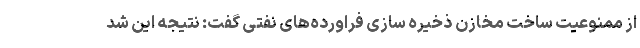
از ممنوعیت ساخت مخازن ذخیره سازی فراورده‌های نفتی گفت: نتیجه این شد